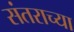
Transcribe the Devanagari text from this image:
संतराच्या